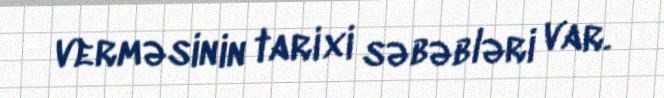
verməsinin tarixi səbəbləri var.